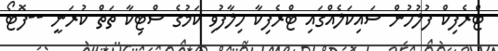
ޓްރެފިކް ފުލުހުން ސައިކަލެއްގައި ޓްރެފިކާ ހިލާފުވި ކަމުގެ ސްޓިކާ ތަތް ކުރަނީ --ފޮޓޯ